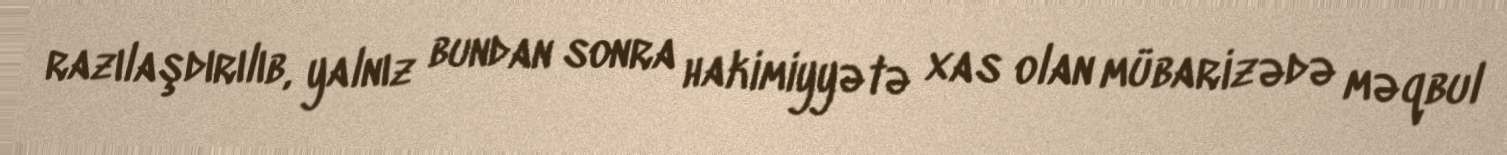
razılaşdırılıb, yalnız bundan sonra hakimiyyətə xas olan mübarizədə məqbul